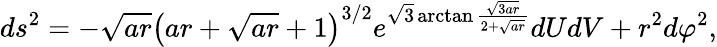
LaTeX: ds^{2}=-\sqrt{ar}\left(ar+\sqrt{ar}+1\right)^{3/2}e^{\sqrt{3}\arctan\frac{\sqrt{3ar}}{2+\sqrt{ar}}}dUdV+r^{2}d\varphi^{2},